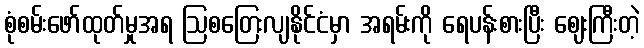
စုံစမ်းဖော်ထုတ်မှုအရ ဩစတြေးလျနိုင်ငံမှာ အရမ်းကို ရေပန်းစားပြီး ဈေးကြီးတဲ့